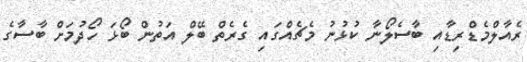
ރެއާލްމެޑްރިޑާއި ބާސެލޯނާ ކުޅުނު މެޗެއްގައި ގެރެތް ބޭލް އަތުން ބޯޅަ ހޯދުމަށް ބާސާގެ